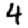
Digit: 4